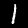
Digit: 1